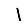
Digit: 1